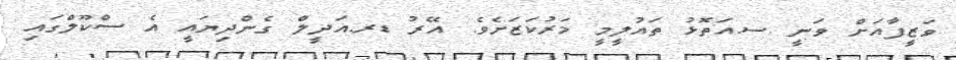
ވަޒީފާއަށް ވަނީ ސ.އަތޮޅު ތައުލީމީ މަރުކަޒަށެވެ. އޭރު ޑރ.އަދީލް ގެންދިޔައީ އެ ސްކޫލްގައި